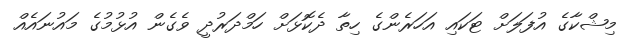
މިޝްކާގެ އުފަލަށް ޓަކައި އަހަރެންގެ ހިތާ ދެކޮޅަށް ހަމްދަރުދީ ވެގެން އުޅުމުގެ މައުނައެއް